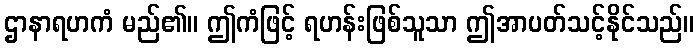
ဌာနာရဟကံ မည်၏။ ဤကံဖြင့် ရဟန်းဖြစ်သူသာ ဤအာပတ်သင့်နိုင်သည်။